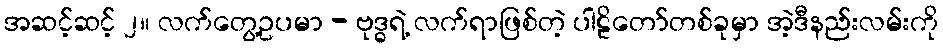
အဆင့်ဆင့် ၂။ လက်တွေ့ဥပမာ - ဗုဒ္ဓရဲ့ လက်ရာဖြစ်တဲ့ ပါဠိတော်တစ်ခုမှာ အဲ့ဒီနည်းလမ်းကို